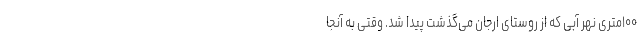
۱۰۰متری نهر آبی که از روستای ارجان می‌گذشت پیدا شد. وقتی به آنجا